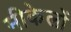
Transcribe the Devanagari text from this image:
मीकेलों